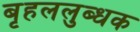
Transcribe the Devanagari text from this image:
बृहललुब्धक